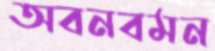
অবনবমন